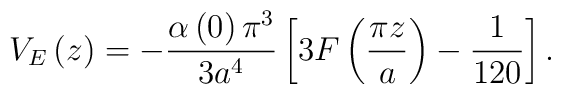
V_{E}\left( z\right) =-\frac{\alpha \left( 0\right) \pi ^{3}}{3a^{4}}\left[3F\left( \frac{\pi z}{a}\right) -\frac{1}{120}\right].